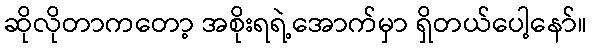
ဆိုလိုတာကတော့ အစိုးရရဲ့အောက်မှာ ရှိတယ်ပေါ့နော်။